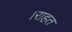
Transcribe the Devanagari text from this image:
।राहत